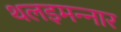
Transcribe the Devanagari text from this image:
थलइमन्‍नार